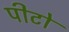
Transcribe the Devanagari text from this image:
पीटो